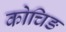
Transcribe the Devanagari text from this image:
कोचिङ